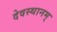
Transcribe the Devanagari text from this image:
देवस्थानम्